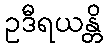
ဥဒီရယန္တိ